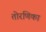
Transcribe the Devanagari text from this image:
तोरणिका